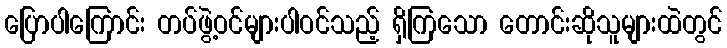
ပြောပါကြောင်း တပ်ဖွဲ့ဝင်များပါဝင်သည့် ရှိကြသော တောင်းဆိုသူများထဲတွင်